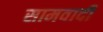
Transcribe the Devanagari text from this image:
सामवादी